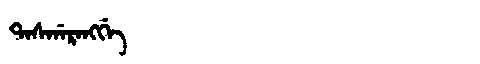
Manchu: ᡨᠠᠰᡤᠠᡵᠠᠩᡤᡝ
Romanization: TASGARANGGE